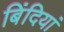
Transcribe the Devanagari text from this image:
बिंदियां